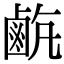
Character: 𪉡